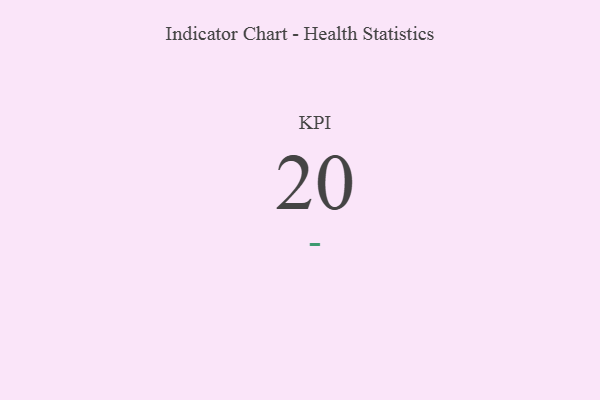
{"axis": {"x": "KPI", "y": "Value"}, "legend": [""], "data": [{"x": "KPI", "y": 20, "type": ""}]}